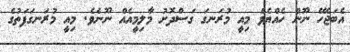
އެބަޖެހޭ ނޫން ހެއްޔެވެ މިިއީ މުރަނގަ ގަސްދޮށު މާލިމީއެއް ނޫނެވެ. މިއީ މުރަނގަފަތުގެ